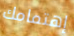
إهتمامك